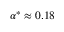
\alpha ^ { * } \approx 0 . 1 8